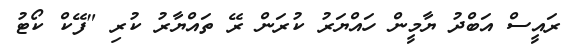
ރައީސް އަބްދު ޔާމީން ހައްޔަރު ކުރަން ރޭ ތައްޔާރު ކުރި "ފޭކް ކޯޓު